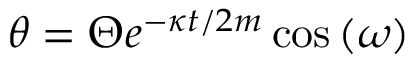
\theta = \Theta e ^ { - \kappa t / 2 m } \cos \left( \omega \right)